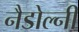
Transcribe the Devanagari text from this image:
नैडोल्नी